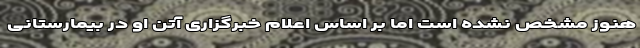
هنوز مشخص نشده است اما بر اساس اعلام خبرگزاری آتن او در بیمارستانی